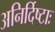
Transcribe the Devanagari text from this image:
अनिर्दिष्टाः